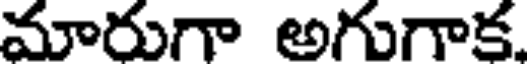
మారుగా అగుగాక.